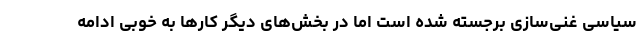
سیاسی غنی‌سازی برجسته شده است اما در بخش‌های دیگر کارها به خوبی ادامه